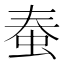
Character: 𧉾